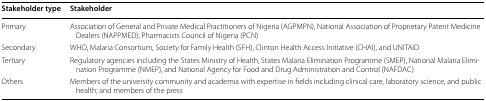
<table><thead><tr><td><b>Stakeholder type</b></td><td><b>Stakeholder</b></td></tr></thead><tbody><tr><td>Primary</td><td>Association of General and Private Medical Practitioners of Nigeria (AGPMPN), National Association of Proprietary Patent Medicine Dealers (NAPPMED), Pharmacists Council of Nigeria (PCN)</td></tr><tr><td>Secondary</td><td>WHO, Malaria Consortium, Society for Family Health (SFH), Clinton Health Access Initiative (CHAI), and UNITAID</td></tr><tr><td>Tertiary</td><td>Regulatory agencies including the States Ministry of Health, States Malaria Elimination Programme (SMEP), National Malaria Elimination Programme (NMEP), and National Agency for Food and Drug Administration and Control (NAFDAC)</td></tr><tr><td>Others</td><td>Members of the university community and academia with expertise in fields including clinical care, laboratory science, and public health; and members of the press</td></tr></tbody></table>